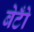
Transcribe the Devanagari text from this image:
बेटोँ